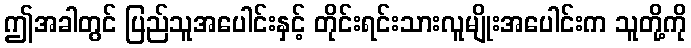
ဤအခါတွင် ပြည်သူအပေါင်းနှင့် တိုင်းရင်းသားလူမျိုးအပေါင်းက သူတို့ကို